Tartu_pedagoogiumi_aruanded, lk 15
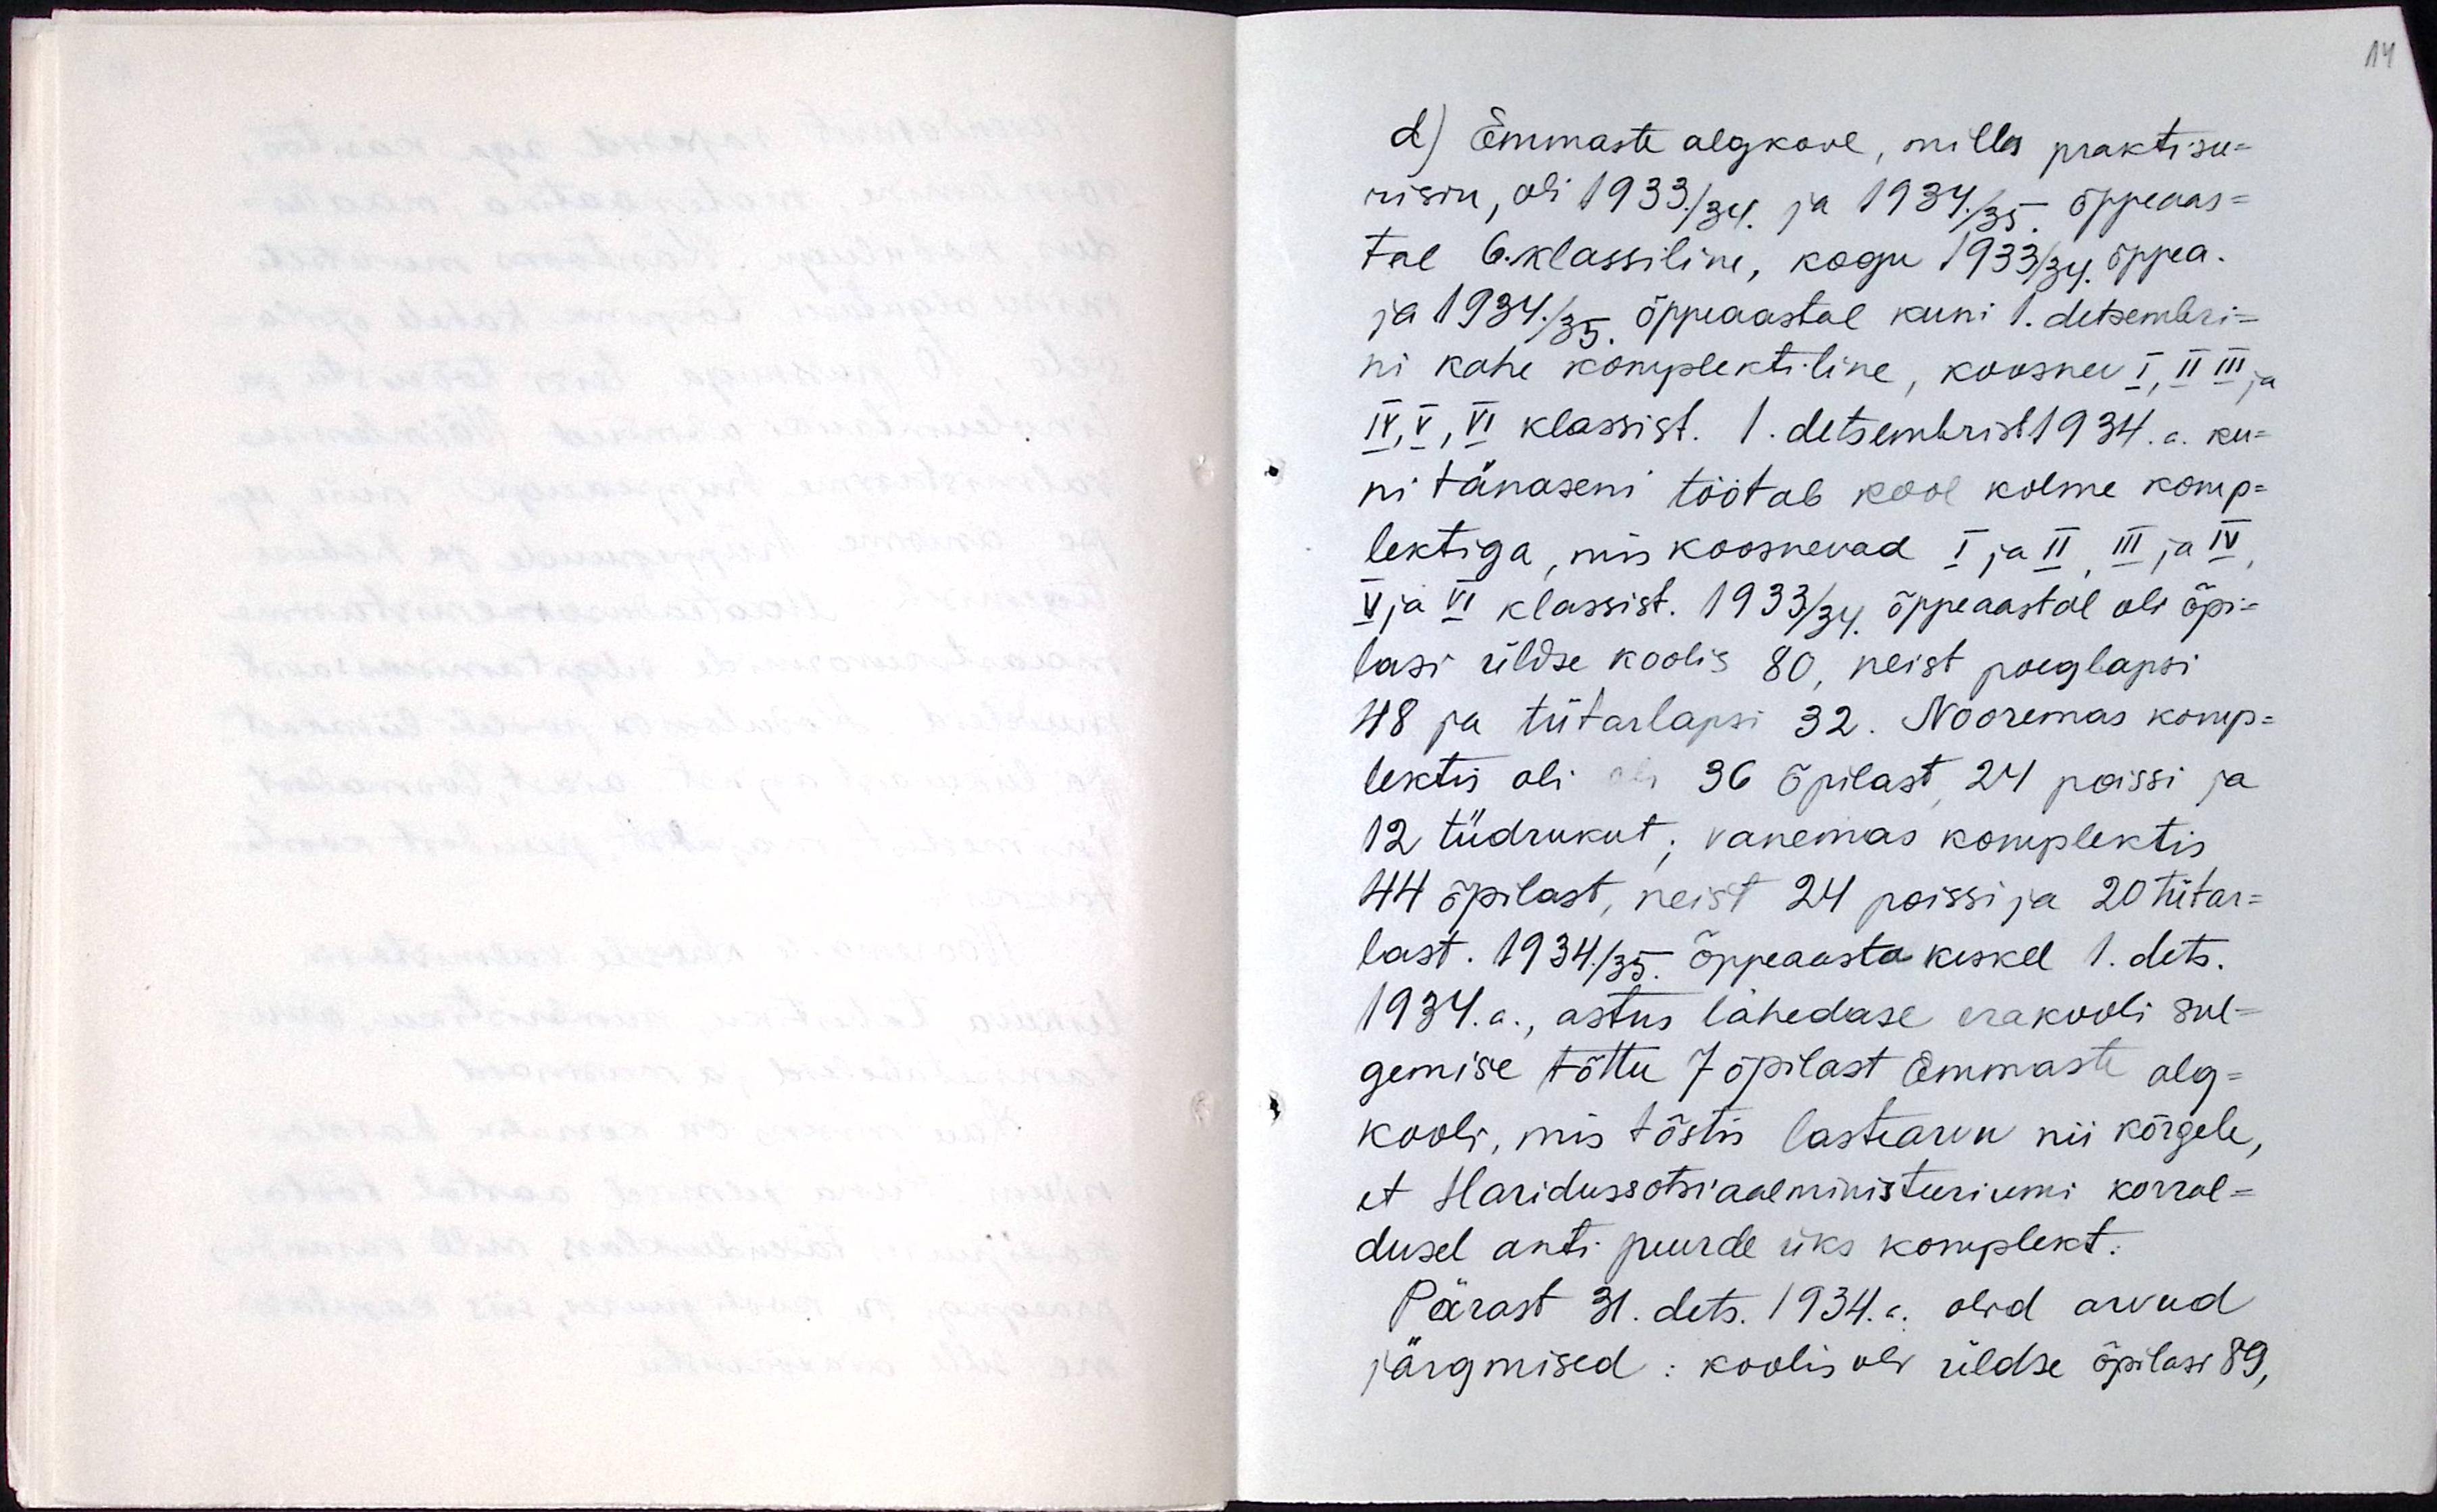
d) Emmaste algkool, milles praktisee-
risin oli 1933./34. ja 1934./35. õppeaas-
tal 6.klassiline, kogu 1933./34. õppea.
ja 1934./35. õppeaastal kuni 1.detsembri-
ni kahe komplektiline, koosnes I, II, III ja
IV, V, VI klassist.  1.detsembrist 1934.a ku-
ni tänaseni töötab kool kolme komp-
lektsiga, mis koosnevad I ja II, III ja IV,
V ja VI klassist. 1933./34. Õppeaastal oli õpi-
lasi üldse koolis 80, neist poeglapsi
48 ja tütarlapsi 32. Nooremas komp-
lektis oli 36 õpilast, 24 poissi ja
12 tüdrukut, vanemas komplektis
44 õpilast, neist 24 poissi ja 20 tütar-
last. 1934./35. õppeaasta keskel 1.dets.
1934.a, astus lähedase erakooli sul-
gemise tõttu 7 õpilast Emmaste alg-
kooli, mis tõstis lastearvu nii kõrgele,
et Haridusministeeriumi korral-
dusel anti juurde üks komplekt.
Pärast 31.dets 1934.a olid arvud
järgmised. Koolis oli üldse õpilasi 89,